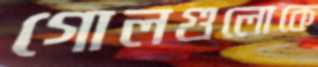
গোলগুলোকে